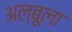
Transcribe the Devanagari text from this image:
अल्बूला